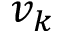
v _ { k }